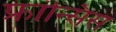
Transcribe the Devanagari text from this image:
फ्रांन्सिस